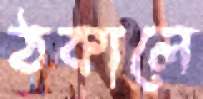
ঠকালে